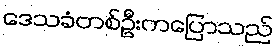
ဒေသခံတစ်ဦးကပြောသည်